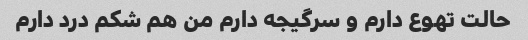
حالت تهوع دارم و سرگیجه دارم من هم شکم درد دارم